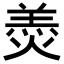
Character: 𦎟